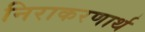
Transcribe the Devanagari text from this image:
निराकरणार्थ